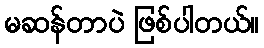
မဆန်တာပဲ ဖြစ်ပါတယ်။